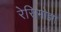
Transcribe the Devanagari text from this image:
रेसिमोझा